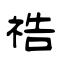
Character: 祰